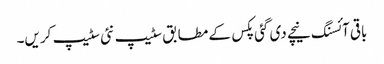
باقی آئسنگ نیچے دی گئی پکس کے مطابق سٹیپ نئی سٹیپ کریں۔